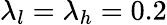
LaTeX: \lambda_{l}=\lambda_{h}=0.2